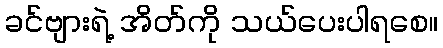
ခင်ဗျားရဲ့ အိတ်ကို သယ်ပေးပါရစေ။